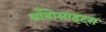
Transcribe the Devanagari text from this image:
थ्राँबोसाइट्स